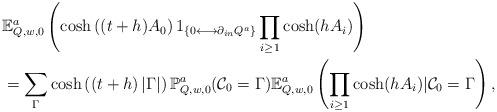
LaTeX: \begin{align*}&\mathbb{E}^a_{Q,w,0}\left(\cosh\left((t+h)A_0\right)1_{\{0\longleftrightarrow \partial_{in} Q^a\}}\prod_{i\geq 1}\cosh(hA_i)\right)\\&=\sum_{\Gamma} \cosh\left(\left(t+h\right)|\Gamma|\right)\mathbb{P}^a_{Q,w,0}(\mathcal{C}_0=\Gamma)\mathbb{E}^a_{Q,w,0}\left(\prod_{i\geq 1}\cosh(hA_i)|\mathcal{C}_0=\Gamma\right),\end{align*}